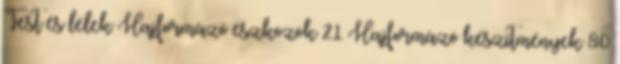
Test és lélek Hajformázó eszközök 21 Hajformázó készítmények 80